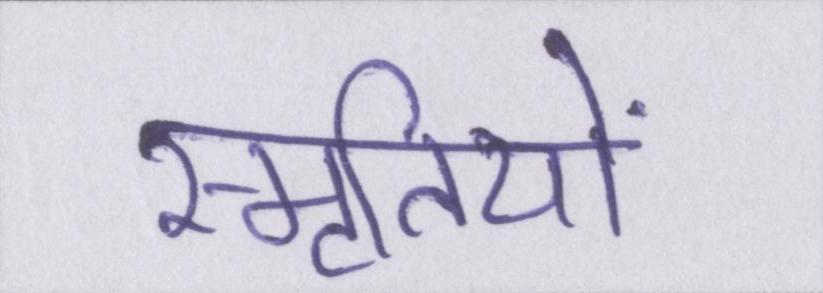
स्मृतियों